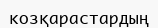
козқарастардың